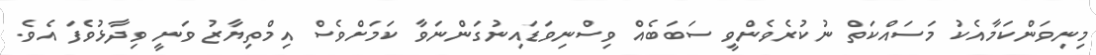
މިނިވަންކަމާއެކު މަސައްކަތް ނުކުރެވެންވީ ސަބަބެއް ވިސްނިވަޑައިނުގަންނަވާ ކަމަށްވެސް އިމްތިޔާޒު ވަނީ ވިދާޅުވެފަ އެވެ.